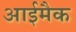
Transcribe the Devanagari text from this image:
आईमैक